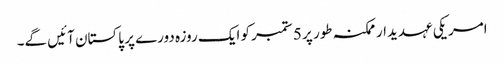
امریکی عہدیدار ممکنہ طور پر 5 ستمبر کو ایک روزہ دورے پر پاکستان آئیں گے۔